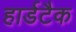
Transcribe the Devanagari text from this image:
हार्डटैक